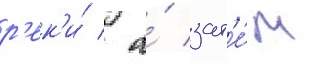
р'ек'и́ / а́ зат'е́м